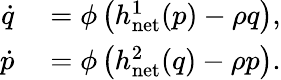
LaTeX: \begin{array}{r}{\begin{array}{rl}{\dot{q}}&{{}=\phi\left(h_{\mathrm{net}}^{1}(p)-\rho q\right),}\\ {\dot{p}}&{{}=\phi\left(h_{\mathrm{net}}^{2}(q)-\rho p\right).}\end{array}}\end{array}